Report on the treatment of epidemic cholera: from information collected by the governments of Bengal, Madras, Bombay, N.W. Provinces, Punjab, Oudh, and Central India, by order of the Government of India
Disease focus: Cholera
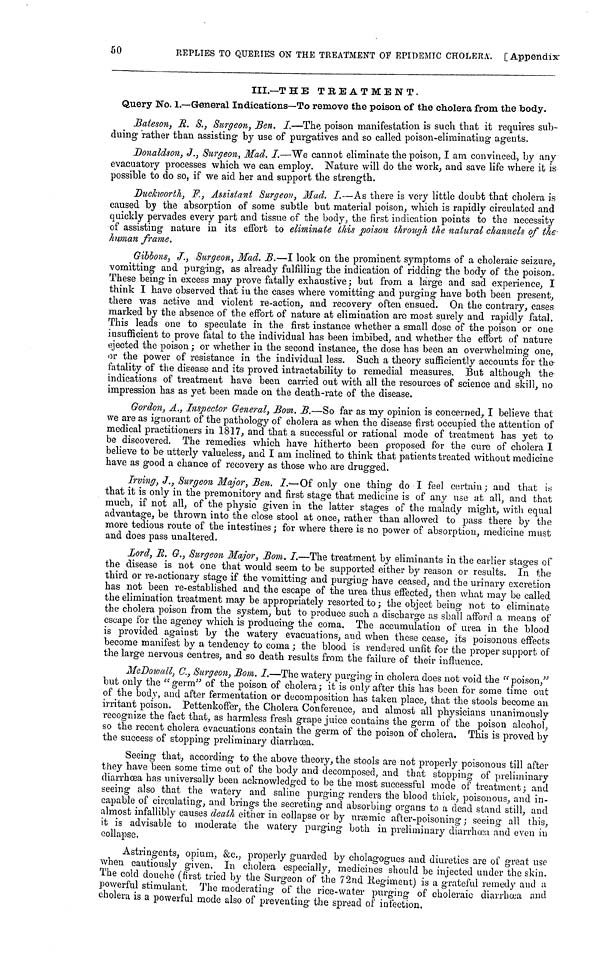
50
REPLIES TO QUERIES ON THE TREATMENT OF EPIDEMIC CHOLERA. [Appendix
III.—THE TREATMENT.
Query No. 1.—General Indications—To remove the poison of the cholera from the body.
Bateson, R. S., Surgeon, Ben. I.—The poison manifestation is such that it requires sub-
duing rather than assisting by use of purgatives and so called poison-eliminating agents.
Donaldson, J., Surgeon, Mad. I.—We cannot eliminate the poison, I am convinced, by any
evacuatory processes which we can employ. Nature will do the work, and save life where it is
possible to do so, if we aid her and support the strength.
Duckworth, F., Assistant Surgeon, Mad. I.—As there is very little doubt that cholera is
caused by the absorption of some subtle but material poison, which is rapidly circulated and
quickly pervades every part and tissue of the body, the first indication points to the necessity
of assisting nature in its effort to eliminate this poison through the natural channels of the
human frame.
Gibbons, J., Surgeon, Mad. B.—I look on the prominent symptoms of a choleraic seizure,
vomitting and purging, as already fulfilling the indication of ridding the body of the poison.
These being in excess may prove fatally exhaustive ; but from a large and sad experience, I
think I have observed that in the cases where vomitting and purging have both been present,
there was active and violent re-action, and recovery often ensued. On the contrary, cases
marked by the absence of the effort of nature at elimination are most surely and rapidly fatal.
This leads one to speculate in the first instance whether a small dose of the poison or one
insufficient to prove fatal to the individual has been imbibed, and whether the effort of nature
ejected the poison ; or whether in the second instance, the dose has been an overwhelming one,
or the power of resistance in the individual less. Such a theory sufficiently accounts for the
fatality of the disease and its proved intractability to remedial measures. But although the
indications of treatment have been carried out with all the resources of science and skill, no
impression has as yet been made on the death-rate of the disease.
Gordon, A., Inspector General, Bom. B.—So far as my opinion is concerned, I believe that
we are as ignorant of the pathology of cholera as when the disease first occupied the attention of
medical practitioners in 1817, and that a successful or rational mode of treatment has yet to
be discovered. The remedies which have hitherto been proposed for the cure of cholera I
believe to be utterly valueless, and I am inclined to think that patients treated without medicine
have as good a chance of recovery as those who are drugged.
Irving, J., Surgeon Major, Ben. I.—Of only one thing do I feel certain; and that is
that it is only in the premonitory and first stage that medicine is of any use at all, and that
much, if not all, of the physic given in the latter stages of the malady might, with equal
advantage, be thrown into the close stool at once, rather than allowed to pass there by the
more tedious route of the intestines ; for where there is no power of absorption, medicine must
and does pass unaltered.
Lord, R. G., Surgeon Major, Bom. I.—The treatment by éliminants in the earlier stages of
the disease is not one that would seem to be supported either by reason or results. In the
third or re-actionary stage if the vomitting and purging have ceased, and the urinary excretion
has not been re-established and the escape of the urea thus effected, then what may be called
the elimination treatment may be appropriately resorted to ; the object being not to eliminate
the cholera poison from the system, but to produce such a discharge as shall afford a means of
escape for the agency which is producing the coma. The accumulation of urea in the blood
is provided against by the watery evacuations, and when these cease, its poisonous effects
become manifest by a tendency to coma ; the blood is rendered unfit for the proper support of
the large nervous centres, and so death results from the failure of their influence.
McDowall, C., Surgeon, Bom. I.—The watery purging in cholera does not void the "poison,"
but only the "germ" of the poison of cholera ; it is only after this has been for some time out
of the body, and after fermentation or decomposition has taken place, that the stools become an
irritant poison. Pettenkoffer, the Cholera Conference, and almost all physicians unanimously
recognize the fact that, as harmless fresh grape juice contains the germ of the poison alcohol,
so the recent cholera evacuations contain the germ of the poison of cholera. This is proved by
the success of stopping preliminary diarrhoea.
Seeing that, according to the above theory, the stools are not properly poisonous till after
they have been some time out of the body and decomposed, and that stopping of preliminary
diarrhoea has universally been acknowledged to be the most successful mode of treatment ; and
seeing also that the watery and saline purging renders the blood thick, poisonous, and in-
capable of circulating, and brings the secreting and absorbing organs to a dead stand still, and
almost infallibly causes death either in collapse or by uræmic after-poisoning ; seeing all this,
it is advisable to moderate the watery purging both in preliminary diarrhœa and even in
collapse.
Astringents, opium, &c., properly guarded by cholagogues and diuretics are of great use
when cautiously given. In cholera especially, medicines should be injected under the skin.
The cold douche (first tried by the Surgeon of the 72nd Regiment) is a grateful remedy and a
powerful stimulant. The moderating of the rice-water purging of choleraic diarrhœa and
cholera is a powerful mode also of preventing the spread of infection.